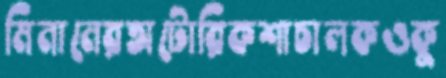
মিনানেরঅটোরিকশাচালকওকু